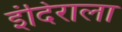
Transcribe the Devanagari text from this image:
इंदिराला